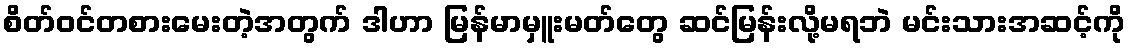
စိတ်ဝင်တစားမေးတဲ့အတွက် ဒါဟာ မြန်မာမှူးမတ်တွေ ဆင်မြန်းလို့မရဘဲ မင်းသားအဆင့်ကို